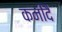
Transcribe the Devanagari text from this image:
कनीदै